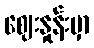
ဈေးနှုန်းမှာ